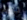
حلوه